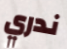
ندري